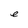
Character: e